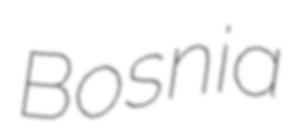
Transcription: Bosnia